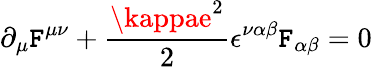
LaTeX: \partial_{\mu}\mathtt{F}^{\mu\nu}+\frac{{\kappae^{2}}}{{2}}\epsilon^{\nu\alpha\beta}\mathtt{F}_{\alpha\beta}=0